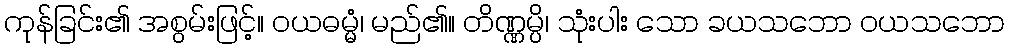
ကုန်ခြင်း၏ အစွမ်းဖြင့်။ ဝယဓမ္မံ၊ မည်၏။ တိဏ္ဏမ္ပိ၊ သုံးပါး သော ခယသဘော ဝယသဘော